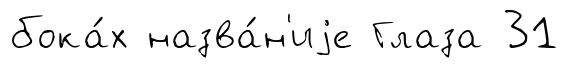
бока́х назва́н'иjе Глаза 31